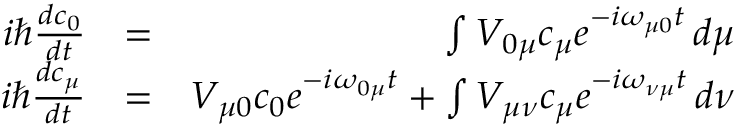
\begin{array} { r l r } { i \hbar \frac { d c _ { 0 } } { d t } } & { = } & { \int V _ { 0 \mu } c _ { \mu } e ^ { - i \omega _ { \mu 0 } t } \, d \mu } \\ { i \hbar \frac { d c _ { \mu } } { d t } } & { = } & { V _ { \mu 0 } c _ { 0 } e ^ { - i \omega _ { 0 \mu } t } + \int V _ { \mu \nu } c _ { \mu } e ^ { - i \omega _ { \nu \mu } t } \, d \nu } \end{array}